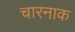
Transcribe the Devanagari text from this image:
चारनाक